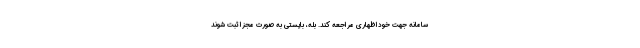
سامانه جهت خوداظهاری مراجعه کند. بله، بایستی به صورت مجزا ثبت شوند